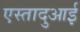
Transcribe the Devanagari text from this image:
एस्तादुआई